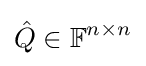
{\hat {Q}}\in \mathbb {F} ^{n\times n}